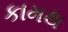
કામથ